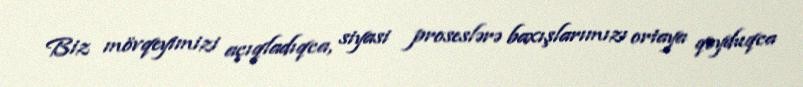
Biz mövqeyimizi açıqladıqca, siyasi proseslərə baxışlarımızı ortaya qoyduqca